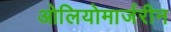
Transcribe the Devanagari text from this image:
ओलियोमार्जरीन